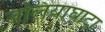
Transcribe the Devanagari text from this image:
बलियाघाटा